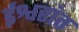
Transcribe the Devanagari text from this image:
ईश्वरांत